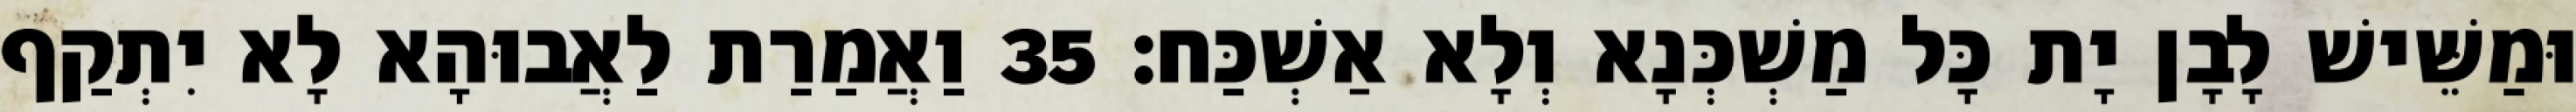
וּמַשֵּׁישׁ לָבָן יָת כָּל מַשְׁכְּנָא וְלָא אַשְׁכַּח׃ 35 וַאֲמַרַת לַאֲבוּהָא לָא יִתְקַף